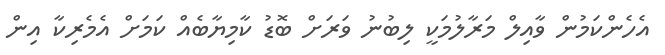
އެހެންކަމުން ވާއިލް މަރާލުމަކީ ލިބުނު ވަރަށް ބޮޑު ކާމިޔާބެއް ކަމަށް އެމެރިކާ އިން